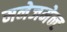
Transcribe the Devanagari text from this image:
मनेजमेन्ट